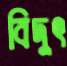
বিদুৎ